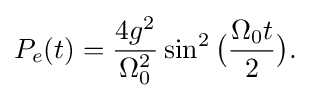
P_{e}(t)={\frac {4g^{2}}{\Omega _{0}^{2}}}\sin ^{2}{{\bigr (}{\frac {\Omega _{0}t}{2}}{\bigr )}.}